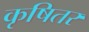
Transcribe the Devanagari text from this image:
कृषितर